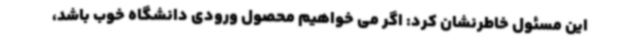
این مسئول خاطرنشان کرد: اگر می خواهیم محصول ورودی دانشگاه خوب باشد،